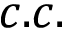
c . c .